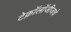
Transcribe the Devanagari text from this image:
टेक्नॉलॉजीजचे